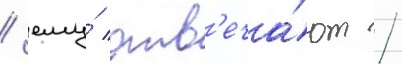
/ ему́ отв'еча́ют /